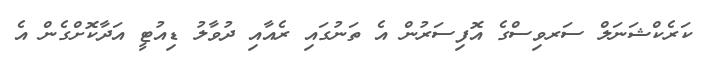
ކަރެކްޝަނަލް ސަރވިސްގެ އޮފިސަރުން އެ ތަނުގައި ރެއާއި ދުވާލު ޑިއުޓީ އަދާކޮށްގެން އެ